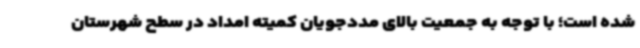
شده است؛ با توجه به جمعیت بالای مددجویان کمیته امداد در سطح شهرستان